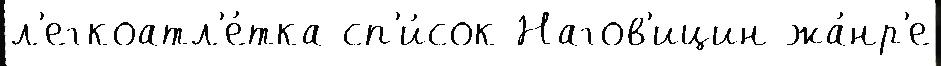
л'егкоатл'е́тка сп'и́сок Нагов'ицин жа́нр'е